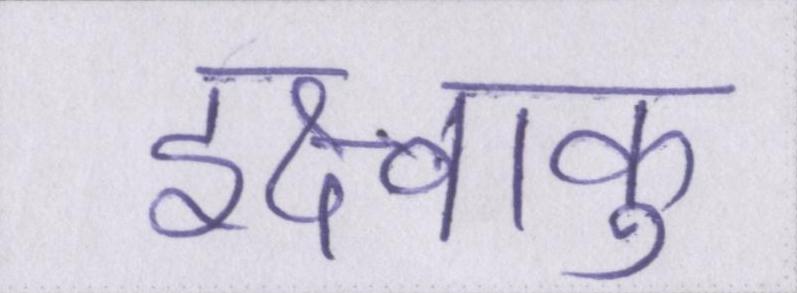
इक्ष्वाकु